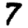
Digit: 7